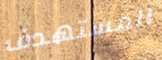
المستهدف